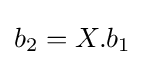
b_{2}=X.b_{1}